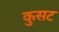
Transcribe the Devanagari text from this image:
कुसट